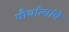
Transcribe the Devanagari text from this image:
पौर्वात्यांचे